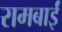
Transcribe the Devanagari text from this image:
रामबाईं